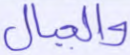
والجبال